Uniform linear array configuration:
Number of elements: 32
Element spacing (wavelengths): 0.75
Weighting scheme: uniform
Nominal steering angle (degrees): -15
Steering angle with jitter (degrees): -16.329
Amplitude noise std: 0.05
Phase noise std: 0.05

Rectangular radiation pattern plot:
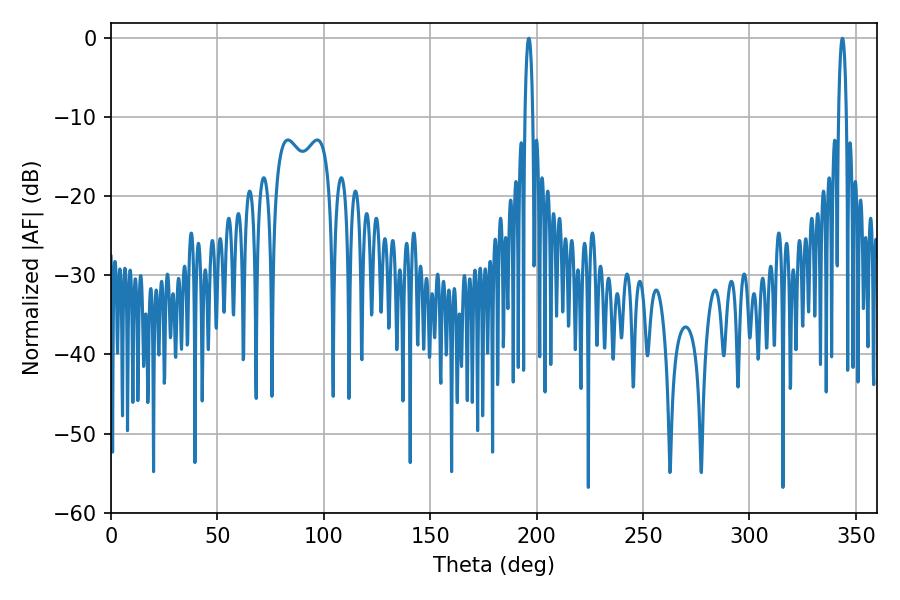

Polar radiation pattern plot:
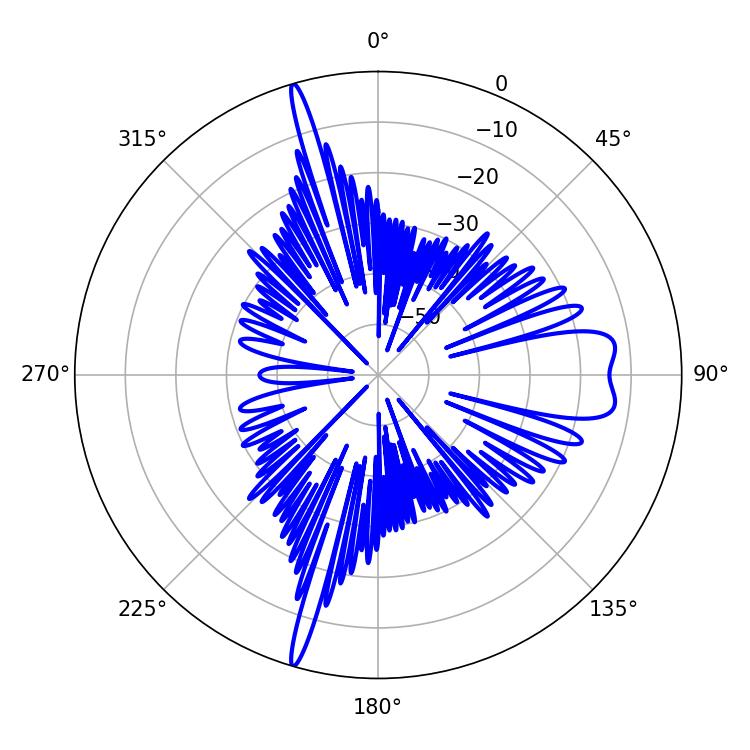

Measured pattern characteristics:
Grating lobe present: TRUE
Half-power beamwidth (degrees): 1.98
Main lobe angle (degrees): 343.62